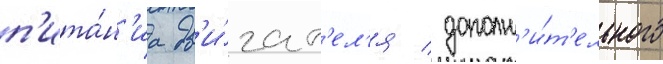
п'ита́н'иа дв'и́гат'ел'я / дополн'и́т'ельного